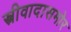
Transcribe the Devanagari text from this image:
स्त्रीवादासमोर